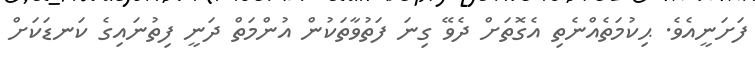
ފަށަނީއެވެ. ޙިކުމަތެއްނެތި އެގޮތަށް ދެވޭ ގިނަ ފަތުވާތަކުން އުންމަތް ދަނީ ފިތުނައިގެ ކަނޑަކަށް